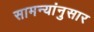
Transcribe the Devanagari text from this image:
सामन्यांनुसार